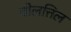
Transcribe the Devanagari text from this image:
वोलत्तिल